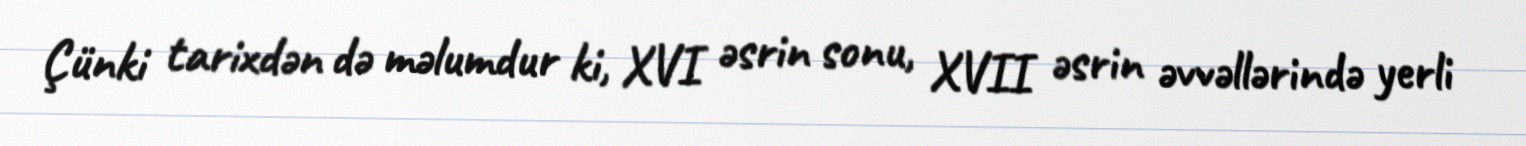
Çünki tarixdən də məlumdur ki, XVI əsrin sonu, XVII əsrin əvvəllərində yerli